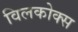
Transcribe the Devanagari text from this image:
विलकोक्स